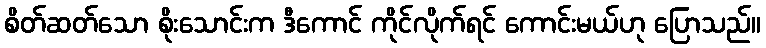
စိတ်ဆတ်သော စိုးသောင်းက ဒီကောင် ကိုင်လိုက်ရင် ကောင်းမယ်ဟု ပြောသည်။